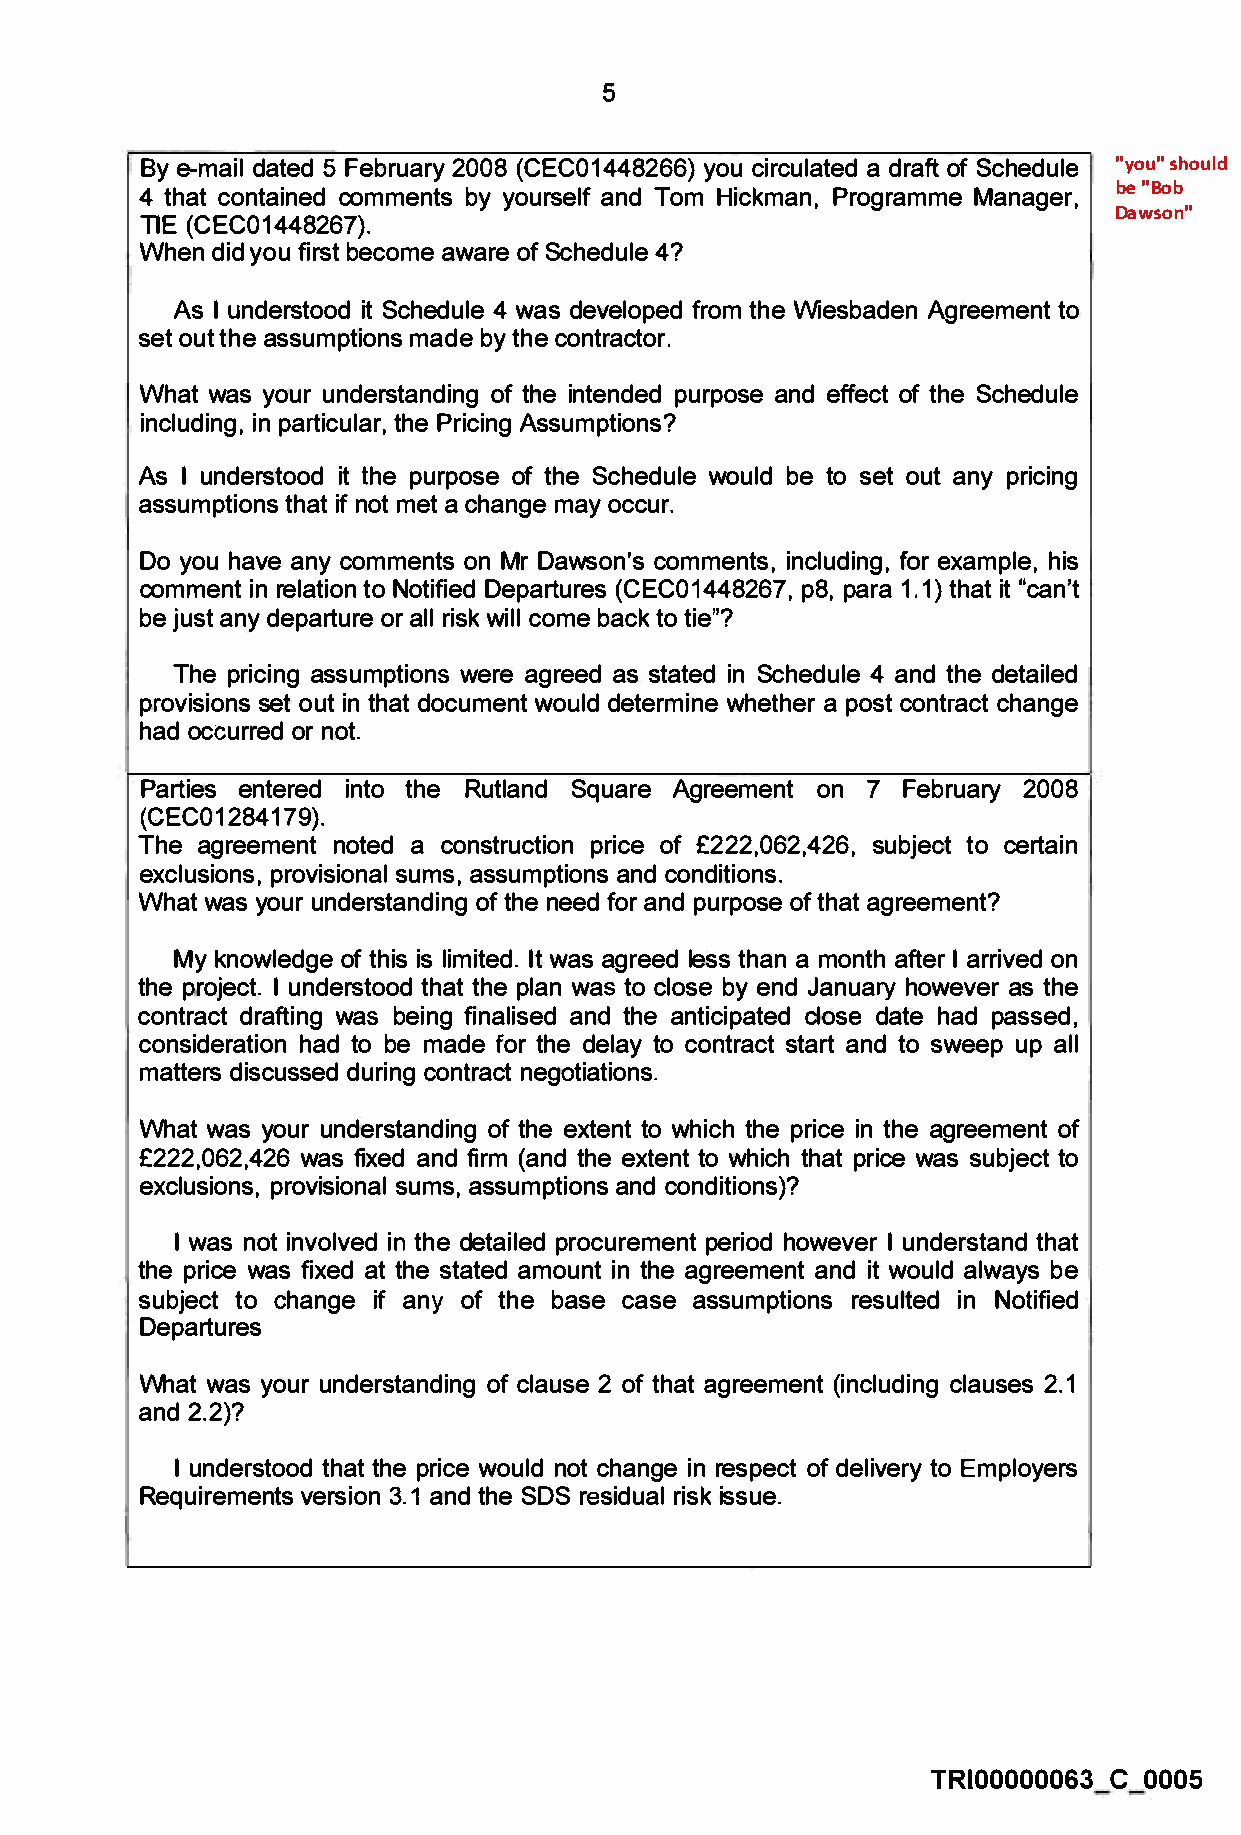
5
 By e-mail dated 5 February 2008 (CEC01448266) you circulated a draft of Schedule "you" should
 4 that contained comments by yourself and Tom Hickman, Programme Manager, be "Bob
 Dawson"
 TIE (CEC01448267).
 When did you first become aware of Schedule 4?
 As I understood it Schedule 4 was developed from the Wiesbaden Agreement to
 set out the assumptions made by the contractor.
 What was your understanding of the intended purpose and effect of the Schedule
 including, in particular, the Pricing Assumptions?
 As I understood it the purpose of the Schedule would be to set out any pricing
 assumptions that if not met a change may occur.
 Do you have any comments on Mr Dawson's comments, including, for example, his
 comment in relation to Notified Departures (CEC01448267, p8, para 1.1) that it "can't
 be just any departure or all risk will come back to tie"?
 The pricing assumptions were agreed as stated in Schedule 4 and the detailed
 provisions set out in that document would determine whether a post contract change
 had occurred or not.
 Parties entered into the Rutland Square Agreement on 7 February 2008
 (CEC01284179).
 The agreement noted a construction price of £222,062,426, subject to certain
 exclusions, provisional sums, assumptions and conditions.
 What was your understanding of the need for and purpose of that agreement?
 My knowledge of this is limited. It was agreed less than a month after I arrived on
 the project. I understood that the plan was to close by end January however as the
 contract drafting was being finalised and the anticipated close date had passed,
 consideration had to be made for the delay to contract start and to sweep up all
 matters discussed during contract negotiations.
 What was your understanding of the extent to which the price in the agreement of
 £222,062,426 was fixed and firm (and the extent to which that price was subject to
 exclusions, provisional sums, assumptions and conditions)?
 I was not involved in the detailed procurement period however I understand that
 the price was fixed at the stated amount in the agreement and it would always be
 subject to change if any of the base case assumptions resulted in Notified
 Departures
 What was your understanding of clause 2 of that agreement (including clauses 2.1
 and 2.2)?
 I understood that the price would not change in respect of delivery to Employers
 Requirements version 3.1 and the SOS residual risk issue.
 TRI00000063 C 0005